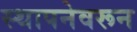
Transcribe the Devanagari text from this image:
स्थापनेवरून